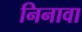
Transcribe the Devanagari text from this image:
निनावा